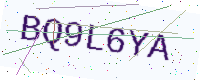
Text: BQ9L6YA